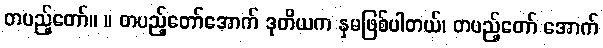
တပည့်တော်။ ။ တပည့်တော်အောက် ဒုတိယက နှမဖြစ်ပါတယ်၊ တပည့်တော် အောက်